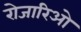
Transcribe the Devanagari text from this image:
रोजारिओ